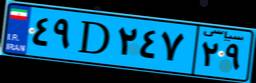
۲۳D۸۴۰۰۵